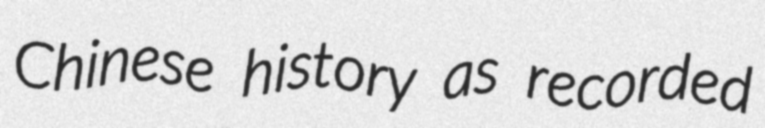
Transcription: Chinese history as recorded